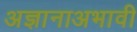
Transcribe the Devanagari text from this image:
अज्ञानाअभावी